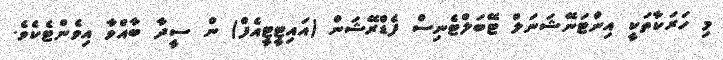
މި ހަރަކާތަކީ އިންޓަނޭޝަނަލް ޓޭބަލްޓެނިސް ފެޑްރޭޝަން (އައިޓީޓީއެފް) ން ސީދާ ބާއްވާ އިވެންޓެކެވެ.